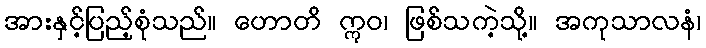
အားနှင့်ပြည့်စုံသည်။ ဟောတိ ဣဝ၊ ဖြစ်သကဲ့သို့။ အကုသာလနံ၊